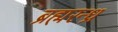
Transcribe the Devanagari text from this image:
ब्रह्मरन्ध्र